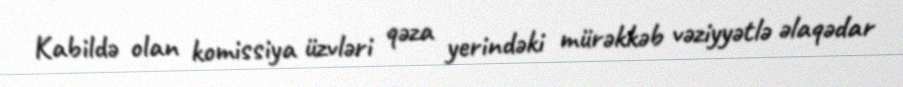
Kabildə olan komissiya üzvləri qəza yerindəki mürəkkəb vəziyyətlə əlaqədar